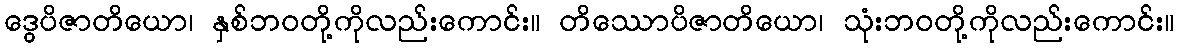
ဒွေပိဇာတိယော၊ နှစ်ဘဝတို့ကိုလည်းကောင်း။ တိဿောပိဇာတိယော၊ သုံးဘဝတို့ကိုလည်းကောင်း။